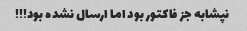
نپشابه جز فاکتور بود اما ارسال نشده بود!!!